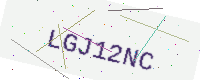
Text: LGJ12NC